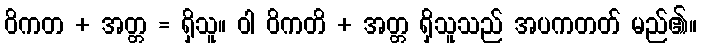
ဝိကတ + အတ္တ = ရှိသူ။ ဝါ ဝိကတိ + အတ္တ ရှိသူသည် အပကတတ် မည်၏။